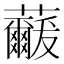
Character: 𮓓